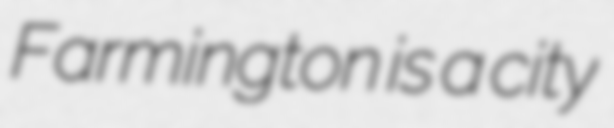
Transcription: Farmington is a city